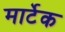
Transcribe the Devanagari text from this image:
मार्टेक